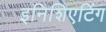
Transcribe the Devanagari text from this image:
इनिशिएटिंग